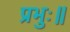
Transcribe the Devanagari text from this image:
प्रभुः॥